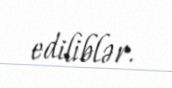
ediliblər.